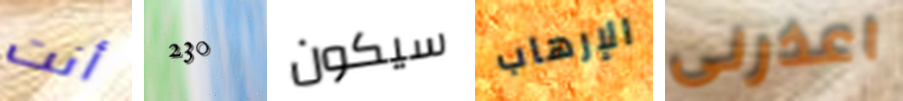
أنت 230 سيكون الإرهاب اعذرنى